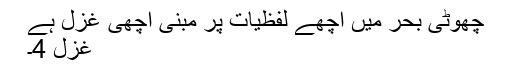
چھوٹی بحر میں اچھے لفظیات پر مبنی اچھی غزل ہے
غزل 4۔